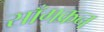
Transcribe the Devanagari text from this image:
साँगक्रन